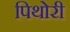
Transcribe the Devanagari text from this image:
पिथोरी